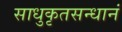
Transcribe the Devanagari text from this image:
साधुकृतसन्धानं